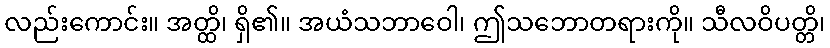
လည်းကောင်း။ အတ္ထိ၊ ရှိ၏။ အယံသဘာဝေါ၊ ဤသဘောတရားကို။ သီလဝိပတ္တိ၊